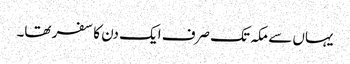
یہاں سے مکہ تک صرف ایک دن کا سفر تھا۔